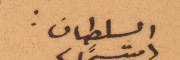
السلطان: